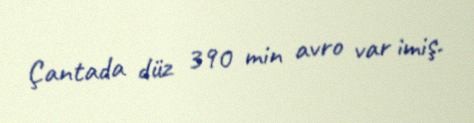
Çantada düz 390 min avro var imiş.